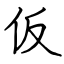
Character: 仮